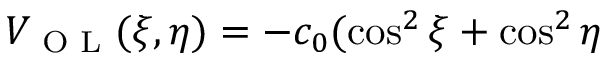
V _ { \textrm { O L } } ( \xi , \eta ) = - c _ { 0 } ( \cos ^ { 2 } \xi + \cos ^ { 2 } \eta